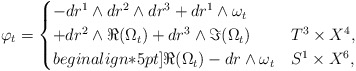
\begin{align*} \varphi_t = \begin{cases} - dr^1 \wedge dr^2 \wedge dr^3 + dr^1 \wedge \omega_t \\ + dr^2 \wedge \Re (\Omega_t) + dr^3 \wedge \Im (\Omega_t) & T^3 \times X^4, \\begin{align*}5pt] \Re (\Omega_t) - dr \wedge \omega_t & S^1 \times X^6, \end{cases}\end{align*}